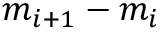
m _ { i + 1 } - m _ { i }